Scientific memoirs by medical officers of the Army of India - Part III,
Year: 1887
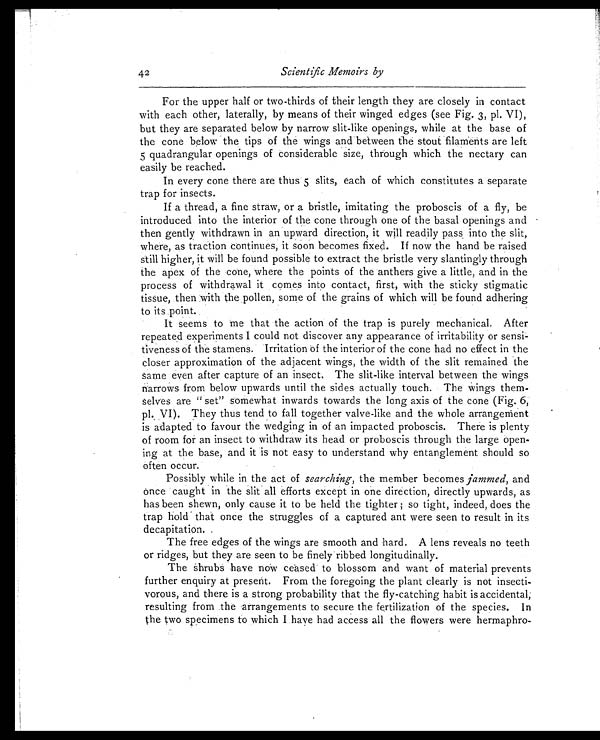
42
Scientific Memoirs by
For the upper half or two-thirds of their length they are closely in contact
with each other, laterally, by means of their winged edges (see Fig. 3, pl. VI),
but they are separated below by narrow slit-like openings, while at the base of
the cone below the tips of the wings and between the stout filaments are left
5 quadrangular openings of considerable size, through which the nectary can
easily be reached.
In every cone there are thus 5 slits, each of which constitutes a separate
trap for insects.
If a thread, a fine straw, or a bristle, imitating the proboscis of a fly, be
introduced into the interior of the cone through one of the basal openings and
then gently withdrawn in an upward direction, it will readily pass into the slit,
where, as traction continues, it soon becomes fixed. If now the hand be raised
still higher, it will be found possible to extract the bristle very slantingly through
the apex of the cone, where the points of the anthers give a little, and in the
process of withdrawal it comes into contact, first, with the sticky stigmatic
tissue, then with the pollen, some of the grains of which will be found adhering
to its point.
It seems to me that the action of the trap is purely mechanical. After
repeated experiments I could not discover any appearance of irritability or sensi
-tiveness of the stamens. Irritation of the interior of the cone had no effect in the
closer approximation of the adjacent wings, the width of the slit remained the
same even after capture of an insect. The slit-like interval between the wings
narrows from below upwards until the sides actually touch. The wings them-
selves are "set" somewhat inwards towards the long axis of the cone (Fig. 6,
pl. VI). They thus tend to fall together valve-like and the whole arrangement
is adapted to favour the wedging in of an impacted proboscis. There is plenty
of room for an insect to withdraw its head or proboscis through the large open
-ing at the base, and it is not easy to understand why entanglement should so
often occur.
Possibly while in the act of searching, the member becomes jammed, and
once caught in the slit all efforts except in one direction, directly upwards, as
has been shewn, only cause it to be held the tighter; so tight, indeed, does the
trap hold that once the struggles of a captured ant were seen to result in its
decapitation.
The free edges of the wings are smooth and hard. A lens reveals no teeth
or ridges, but they are seen to be finely ribbed longitudinally.
The shrubs have now ceased to blossom and want of material prevents
further enquiry at present. From the foregoing the plant clearly is not insecti
-vorous, and there is a strong probability that the fly-catching habit is accidental,
resulting from the arrangements to secure the fertilization of the species. In
the two specimens to which I have had access all the flowers we-re hermaphro-